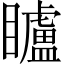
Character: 矑